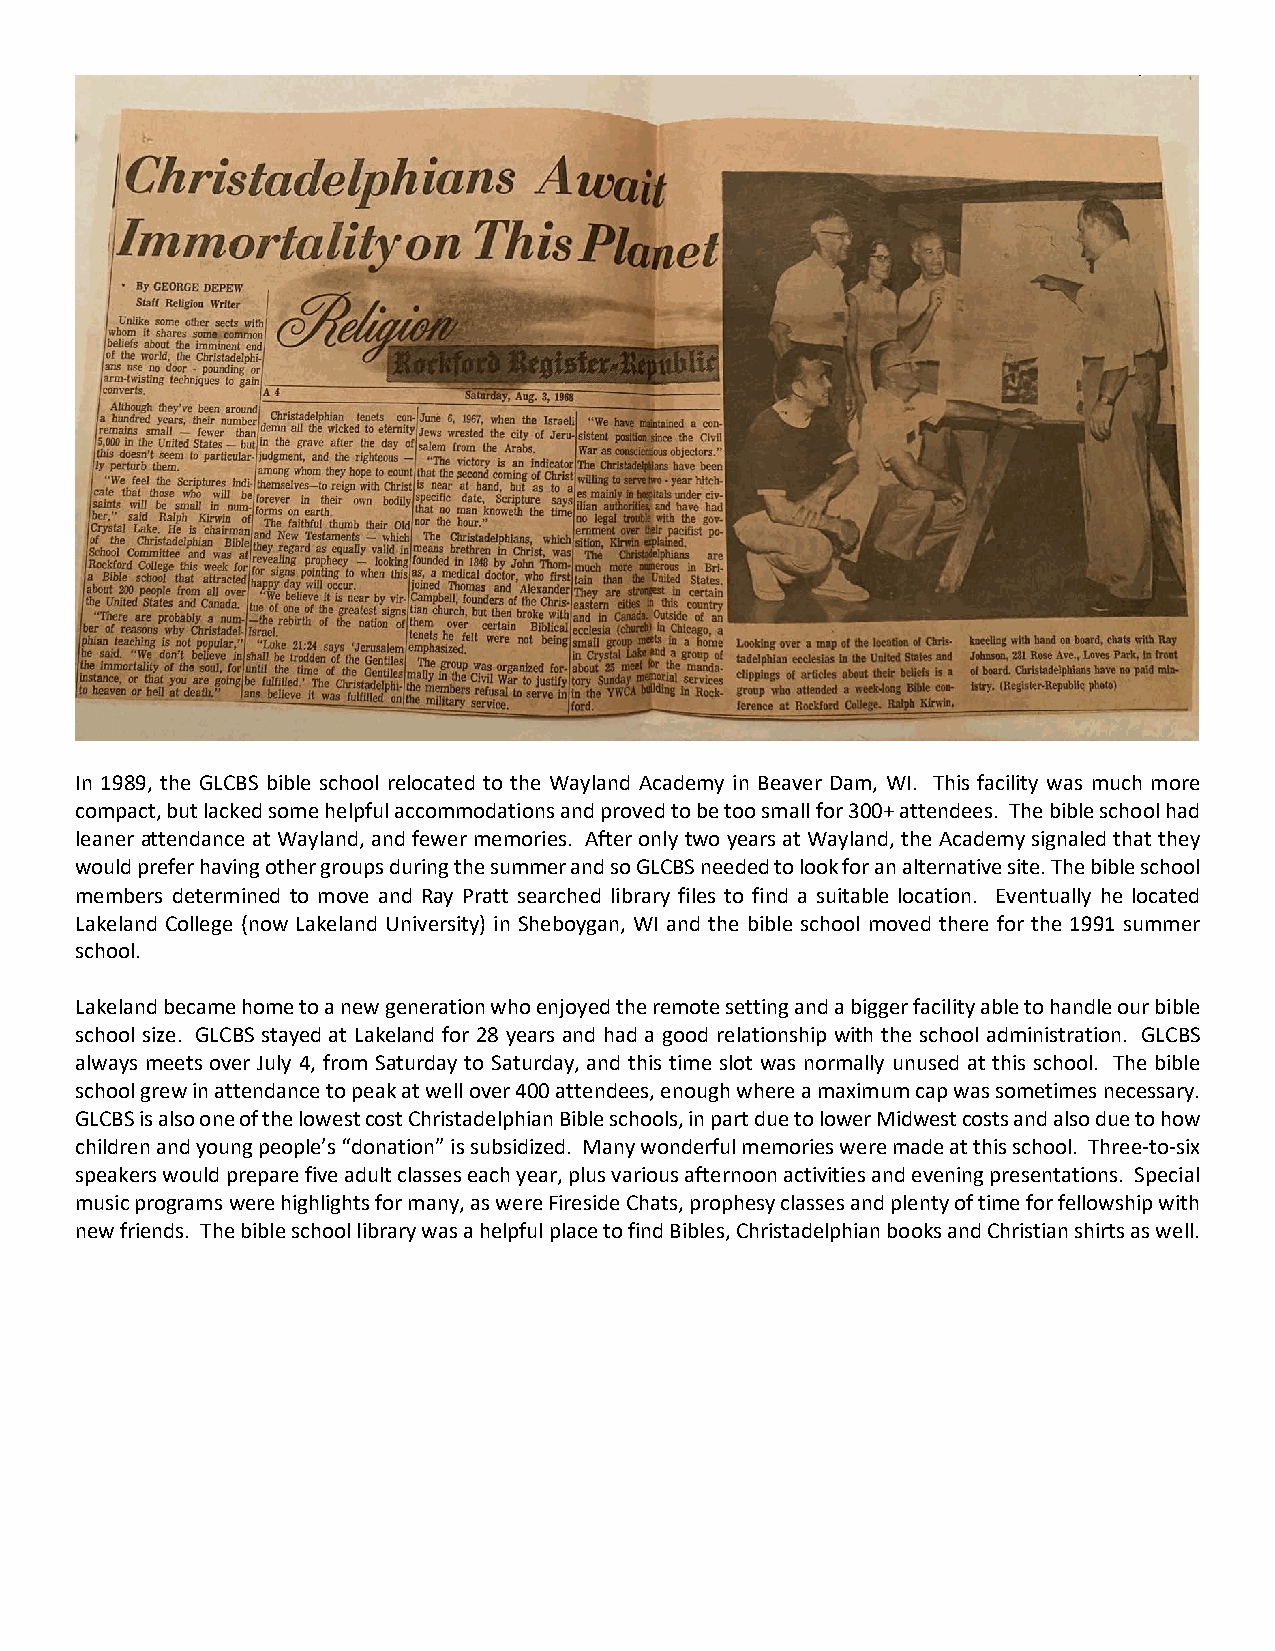
In 1989, the GLCBS bible school relocated to the Wayland Academy in Beaver Dam, WI. This facility was much more
 compact, but lacked some helpful accommodations and proved to be too small for 300+ attendees. The bible school had
 leaner attendance at Wayland, and fewer memories. After only two years at Wayland, the Academy signaled that they
 would prefer having other groups during the summer and so GLCBS needed to look for an alternative site. The bible school
 members determined to move and Ray Pratt searched library files to find a suitable location. Eventually he located
 Lakeland College (now Lakeland University) in Sheboygan, WI and the bible school moved there for the 1991 summer
 school.
 Lakeland became home to a new generation who enjoyed the remote setting and a bigger facility able to handle our bible
 school size. GLCBS stayed at Lakeland for 28 years and had a good relationship with the school administration. GLCBS
 always meets over July 4, from Saturday to Saturday, and this time slot was normally unused at this school. The bible
 school grew in attendance to peak at well over 400 attendees, enough where a maximum cap was sometimes necessary.
 GLCBS is also one of the lowest cost Christadelphian Bible schools, in part due to lower Midwest costs and also due to how
 children and young people’s “donation” is subsidized. Many wonderful memories were made at this school. Three-to-six
 speakers would prepare five adult classes each year, plus various afternoon activities and evening presentations. Special
 music programs were highlights for many, as were Fireside Chats, prophesy classes and plenty of time for fellowship with
 new friends. The bible school library was a helpful place to find Bibles, Christadelphian books and Christian shirts as well.